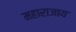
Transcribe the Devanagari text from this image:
महाराजाय